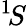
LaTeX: ^1\! S